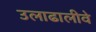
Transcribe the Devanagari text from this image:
उलाढालीवे